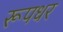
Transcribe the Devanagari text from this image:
रूपधर